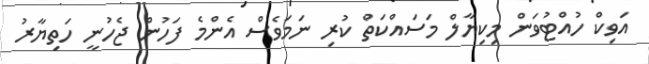
އަވިކް ހުއްޓުވަން މިކިޔާލް މަސައްކަތް ކުރި ނަމަވެސް އެންމެ ފަހުން ޖެހުނީ ހަތިޔާރު